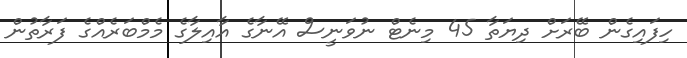
ހިފައިގެން ބޭރަށް ދިޔަތާ 45 މިނެޓް ނުވަނީސް އޭނާގެ އާއިލާގެ މެމްބަރެއްގެ ފަރާތުން